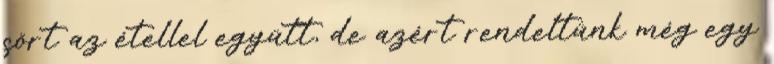
sört az étellel együtt, de azért rendeltünk még egy